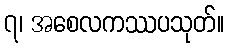
၇၊ အစေလကဿပသုတ်။